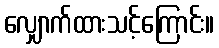
လျှောက်ထားသင့်ကြောင်း။